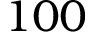
1 0 0